65_HS1-834228961_62-HQ-83894_Section_4
Agency: FBI
Page 34
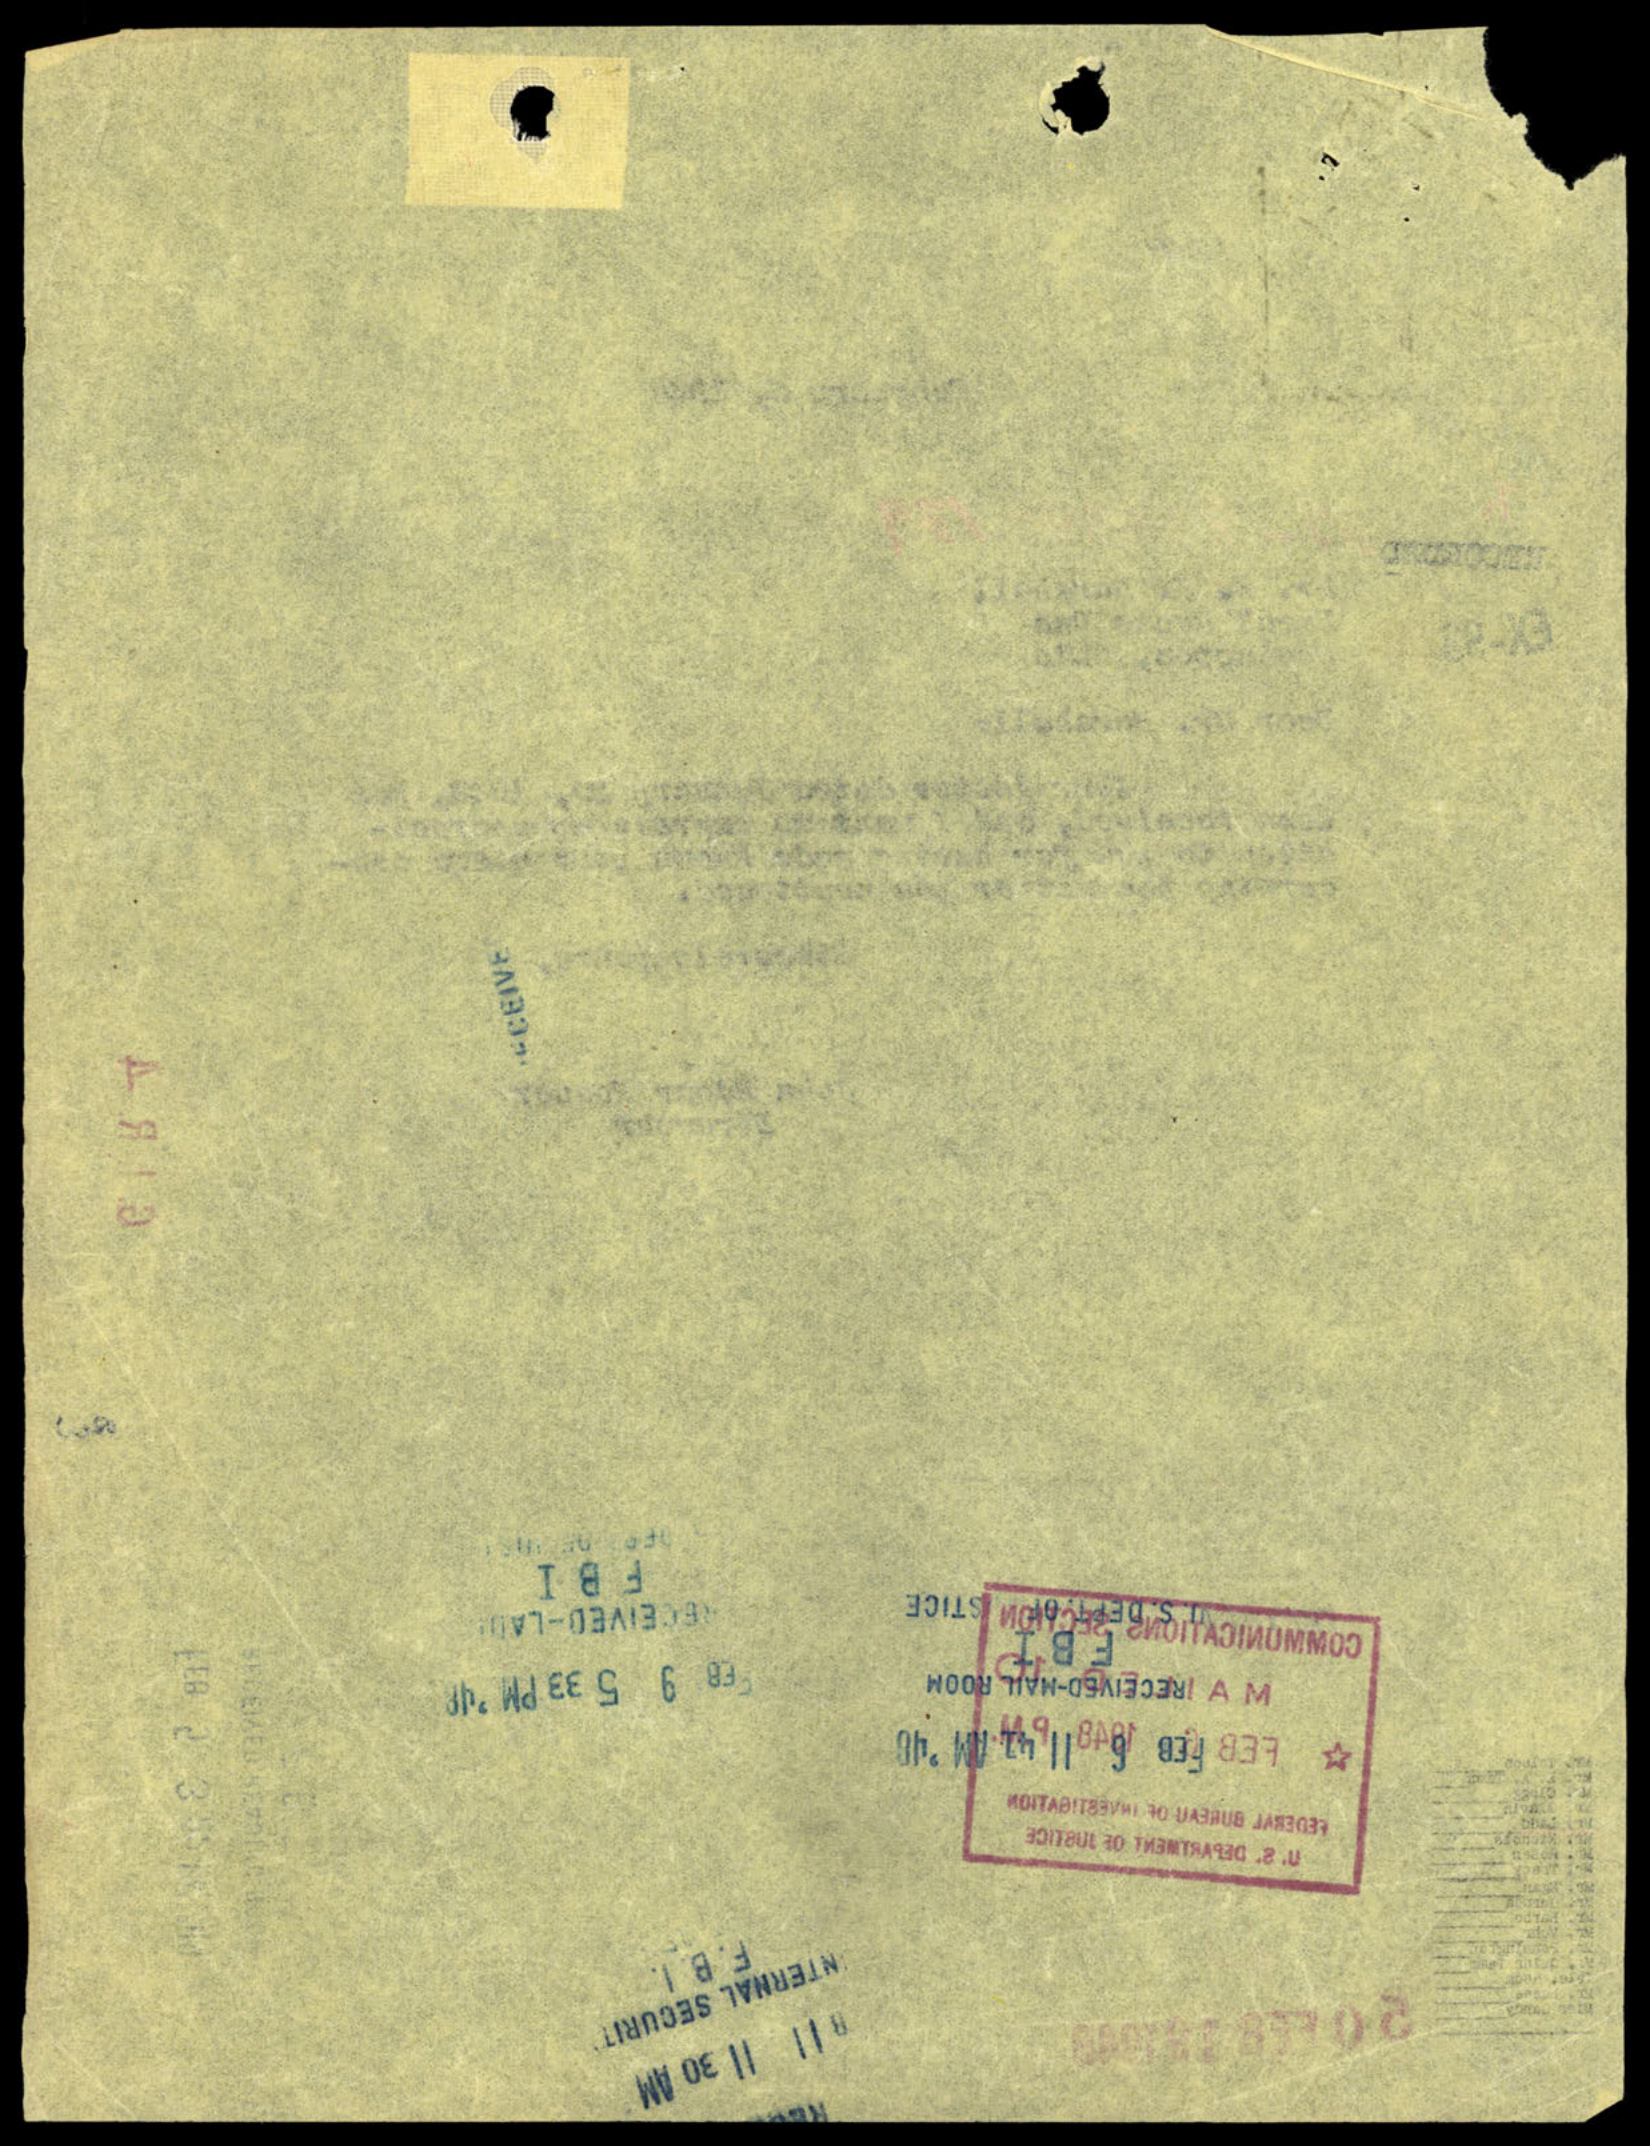